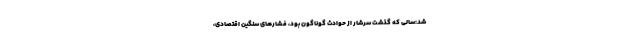
شد:سالی که گذشت سرشار از حوادث گوناگون بود، فشارهای سنگین اقتصادی،